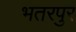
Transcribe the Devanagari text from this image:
भतरपुर